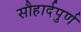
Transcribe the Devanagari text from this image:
सौहार्दपुर्ण